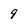
Character: 9